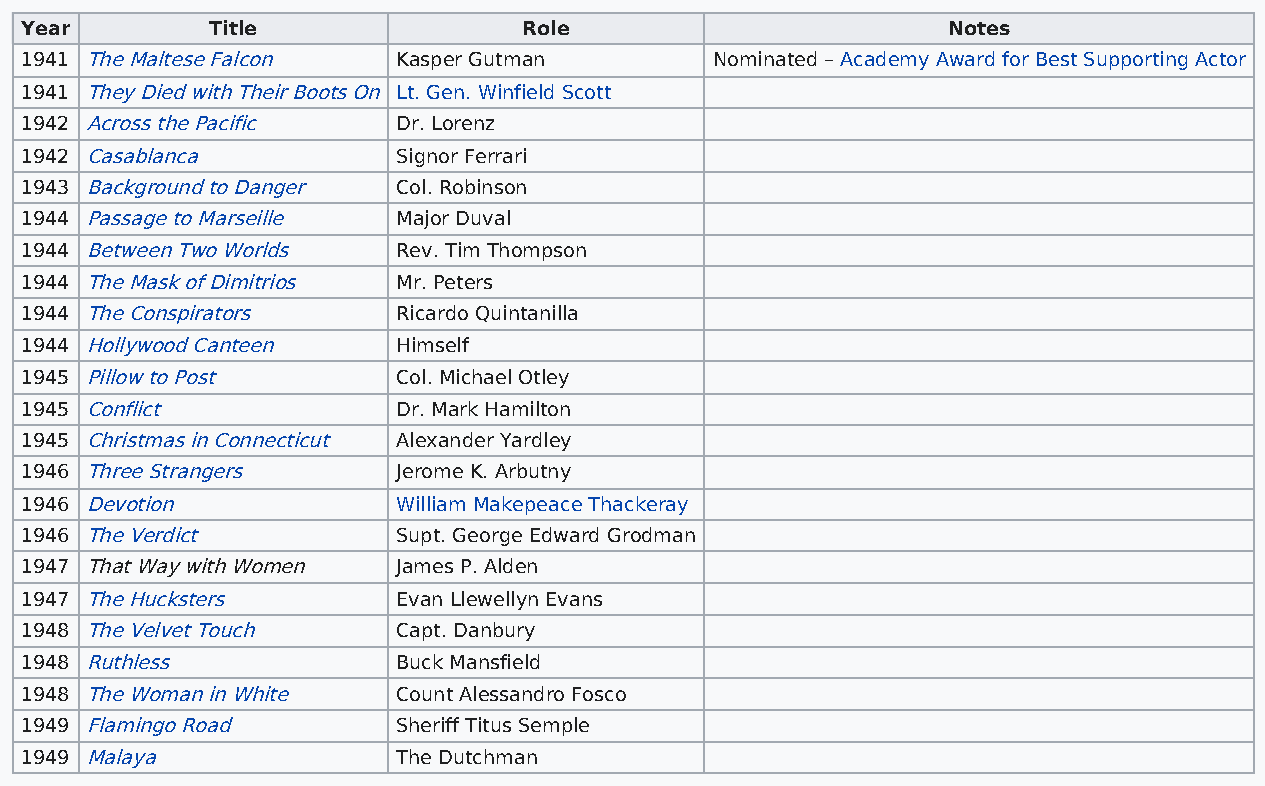
Year         Title                Role                        Notes
 1941 The Maltese Falcon  Kasper Gutman        Nominated – Academy Award for Best Supporting Actor
 1941 They Died with Their Boots On Lt. Gen. Winfield Scott
 1942 Across the Pacific  Dr. Lorenz
 1942 Casablanca          Signor Ferrari
 1943 Background to Danger Col. Robinson
 1944 Passage to Marseille Major Duval
 1944 Between Two Worlds  Rev. Tim Thompson
 1944 The Mask of Dimitrios Mr. Peters
 1944 The Conspirators    Ricardo Quintanilla
 1944 Hollywood Canteen   Himself
 1945 Pillow to Post      Col. Michael Otley
 1945 Conflict            Dr. Mark Hamilton
 1945 Christmas in Connecticut Alexander Yardley
 1946 Three Strangers     Jerome K. Arbutny
 1946 Devotion            William Makepeace Thackeray
 1946 The Verdict         Supt. George Edward Grodman
 1947 That Way with Women James P. Alden
 1947 The Hucksters       Evan Llewellyn Evans
 1948 The Velvet Touch    Capt. Danbury
 1948 Ruthless            Buck Mansfield
 1948 The Woman in White  Count Alessandro Fosco
 1949 Flamingo Road       Sheriff Titus Semple
 1949 Malaya              The Dutchman